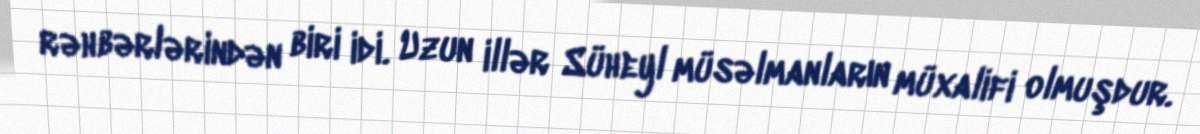
rəhbərlərindən biri idi. Uzun illər Süheyl müsəlmanların müxalifi olmuşdur.